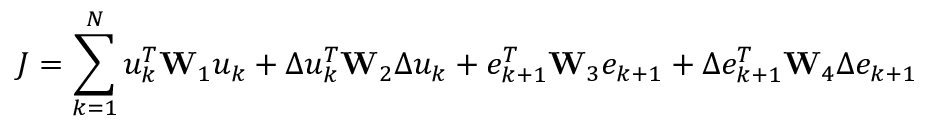
J = \sum _ { k = 1 } ^ { N } u _ { k } ^ { T } \mathbf W _ { 1 } u _ { k } + \Delta u _ { k } ^ { T } \mathbf W _ { 2 } \Delta u _ { k } + e _ { k + 1 } ^ { T } \mathbf W _ { 3 } e _ { k + 1 } + \Delta e _ { k + 1 } ^ { T } \mathbf W _ { 4 } \Delta e _ { k + 1 }